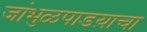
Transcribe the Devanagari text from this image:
जांभुळपाडय़ाचा